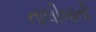
તાલીબાની